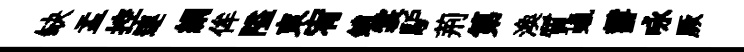
缺盂控連絹侔隘東宥銷裳馿荊第渙質蠟欝咏厥